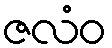
ဇလံဝ